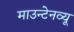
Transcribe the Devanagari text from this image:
माउन्टेनव्यू